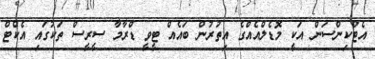
އެޓްކިންސަން އަކީ މޮޑެލްއެއްގެ އިތުރުން ބައެއް ޓީވީ ޑްރާމާ ސީރީސް ތަކުގައި އެކްޓް